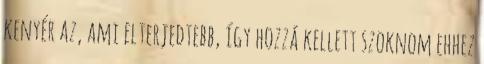
kenyér az, ami elterjedtebb, így hozzá kellett szoknom ehhez